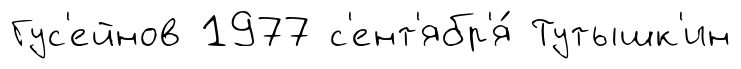
Гус'ейнов 1977 с'ент'ябр'я́ Тутышк'ин